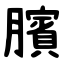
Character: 臏